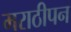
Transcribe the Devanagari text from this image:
मराठीपन